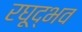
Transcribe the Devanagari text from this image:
रघूद्भव